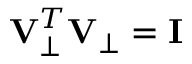
\mathbf { V } _ { \bot } ^ { T } \mathbf { V } _ { \bot } = \mathbf { I }